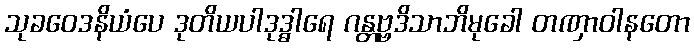
သုခဝေဒနိယံပေ ဒုတိယပါဒုဒ္ဓါရေ ဂန္တဗ္ဗဒိသာဘိမုခေါ တဏှာဝါနတော